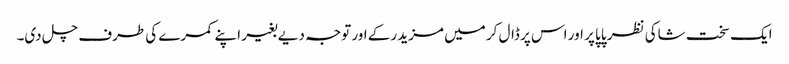
ایک سخت شاکی نظر پاپا پر اور اس پر ڈال کر میں مزید رکے اور توجہ دیے بغیر اپنے کمرے کی طرف چل دی۔